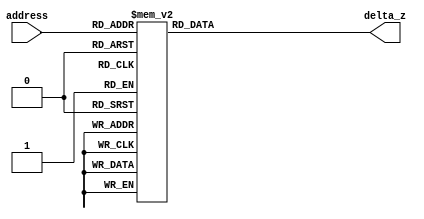
module Linear_Rom_test #( parameter  data_width = 16, address_width = 4)
(
	input [(address_width-1):0] address,
	output[(data_width-1):0] delta_z
);

	reg [data_width-1 : 0] rom_content;
	
	always@(address) 
		begin
			case(address)
				4'd0: rom_content = 16'h4000;
				4'd1: rom_content = 16'h2000;
				4'd2: rom_content = 16'h1000;
				4'd3: rom_content = 16'h0800;
				4'd4: rom_content = 16'h0400;
				4'd5: rom_content = 16'h0200;
				4'd6: rom_content = 16'h0100;
				4'd7: rom_content = 16'h0080;
				4'd8: rom_content = 16'h0040;
				4'd9: rom_content = 16'h0020;
				4'd10: rom_content = 16'h0010;
				4'd11: rom_content = 16'h0008;
				4'd12: rom_content = 16'h0004;
				4'd13: rom_content = 16'h0002;
				4'd14: rom_content = 16'h0001;
				4'd15: rom_content = 16'h0001;
			endcase
		end	

	assign delta_z = rom_content;
	
endmodule